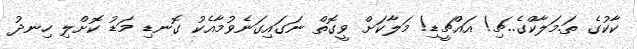
ކާކުގެ ތަ.މަލާކްގެ..ޗި! އައްޗީޑި! މަލާކަށް ވީގޮތް ނަގައިގަނެވުމާއެކު ގޮނޑި މަޑު ކޮށްލި ހިނދު